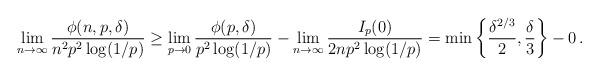
LaTeX: \begin{align*} \lim_{n \to \infty}\frac{\phi(n, p, \delta)}{n^2 p^2 \log(1/p)} \geq \lim_{p \to 0} \frac{\phi(p,\delta)}{p^2\log(1/p)} - \lim_{n \to \infty} \frac{I_p(0)}{2n p^2\log(1/p)} = \min\bigg\{\frac{\delta^{2/3}}{2}, \frac{\delta}{3}\bigg\} - 0\,. \end{align*}